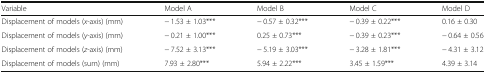
| Variable | Model A | Model B | Model C | Model D |
 | --- | --- | --- | --- | --- |
 | Displacement of models (x-axis) (mm) | − 1.53 ± 1.03*** | − 0.57 ± 0.32*** | − 0.39 ± 0.22*** | 0.16 ± 0.30 |
 | Displacement of models (y-axis) (mm) | − 0.21 ± 1.00*** | 0.25 ± 0.73*** | − 0.39 ± 0.23*** | − 0.64 ± 0.56 |
 | Displacement of models (z-axis) (mm) | − 7.52 ± 3.13*** | − 5.19 ± 3.03*** | − 3.28 ± 1.81*** | − 4.31 ± 3.12 |
 | Displacement of models (sum) (mm) | 7.93 ± 2.80*** | 5.94 ± 2.22*** | 3.45 ± 1.59*** | 4.39 ± 3.14 |